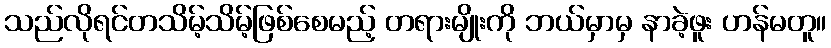
သည်လိုရင်တသိမ့်သိမ့်ဖြစ်စေမည့် တရားမျိုးကို ဘယ်မှာမှ နာခဲ့ဖူး ဟန်မတူ။